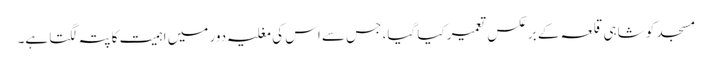
مسجد کو شاہی قلعہ کے برعکس تعمیر کیا گیا، جس سے اس کی مغلیہ دور میں اہمیت کا پتہ لگتا ہے۔